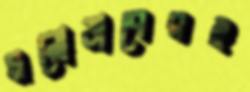
মনোভাবেরই